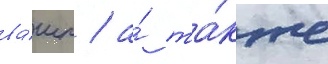
ва́шп / а́ та́кже